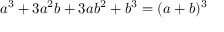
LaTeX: a ^ { 3 } + 3 a ^ { 2 } b + 3 a b ^ { 2 } + b ^ { 3 } = ( a + b ) ^ { 3 }